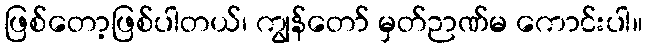
ဖြစ်တော့ဖြစ်ပါတယ်၊ ကျွန်တော် မှတ်ဉာဏ်မ ကောင်းပါ။